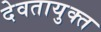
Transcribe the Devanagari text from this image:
देवतायुक्त